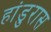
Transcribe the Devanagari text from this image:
हांडुरास